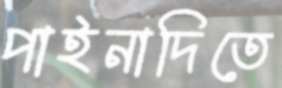
পাইনাদিতে